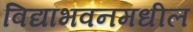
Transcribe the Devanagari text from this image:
विद्याभवनमधील